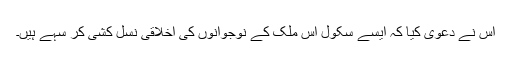
اس نے دعٰوی کیا کہ ایسے سکول اس ملک کے نوجوانوں کی اخلاقی نسل کشی کر سہے ہیں۔